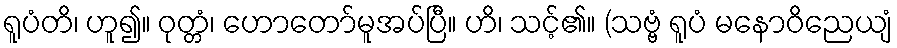
ရူပံတိ၊ ဟူ၍။ ဝုတ္တံ၊ ဟောတော်မူအပ်ပြီ။ ဟိ၊ သင့်၏။ (သဗ္ဗံ ရူပံ မနောဝိညေယျံ